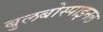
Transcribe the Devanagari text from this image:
बुलबोस्पाइनल